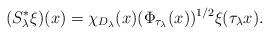
LaTeX: \begin{align*}(S_\lambda^*\xi)(x) = \chi_{D_\lambda}(x) (\Phi_{\tau_\lambda}(x))^{1/2} \xi(\tau_\lambda x).\end{align*}